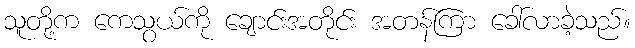
သူတို့က ကေသွယ်ကို ချောင်းအတိုင်း အတန်ကြာ ခေါ်လာခဲ့သည်။